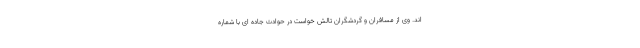
اند. وی از مسافران و گردشگران تالش خواست در حوادث جاده ای با شماره